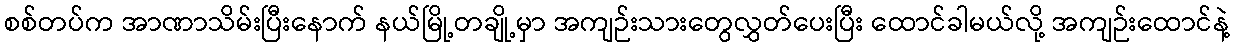
စစ်တပ်က အာဏာသိမ်းပြီးနောက် နယ်မြို့တချို့မှာ အကျဉ်းသားတွေလွှတ်ပေးပြီး ထောင်ခါမယ်လို့ အကျဉ်းထောင်နဲ့